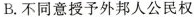
B. 不同意授予外邦人公民权